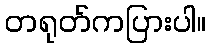
တရုတ်ကပြားပါ။